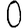
Digit: 0